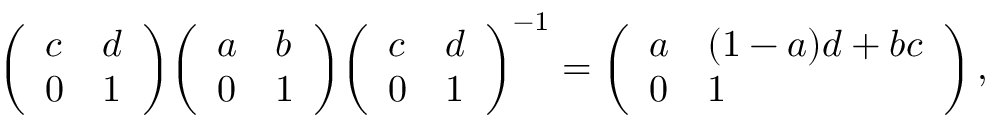
{ \left( \begin{array} { l l } { c } & { d } \\ { 0 } & { 1 } \end{array} \right) } { \left( \begin{array} { l l } { a } & { b } \\ { 0 } & { 1 } \end{array} \right) } { \left( \begin{array} { l l } { c } & { d } \\ { 0 } & { 1 } \end{array} \right) } ^ { - 1 } = { \left( \begin{array} { l l } { a } & { ( 1 - a ) d + b c } \\ { 0 } & { 1 } \end{array} \right) } \, ,